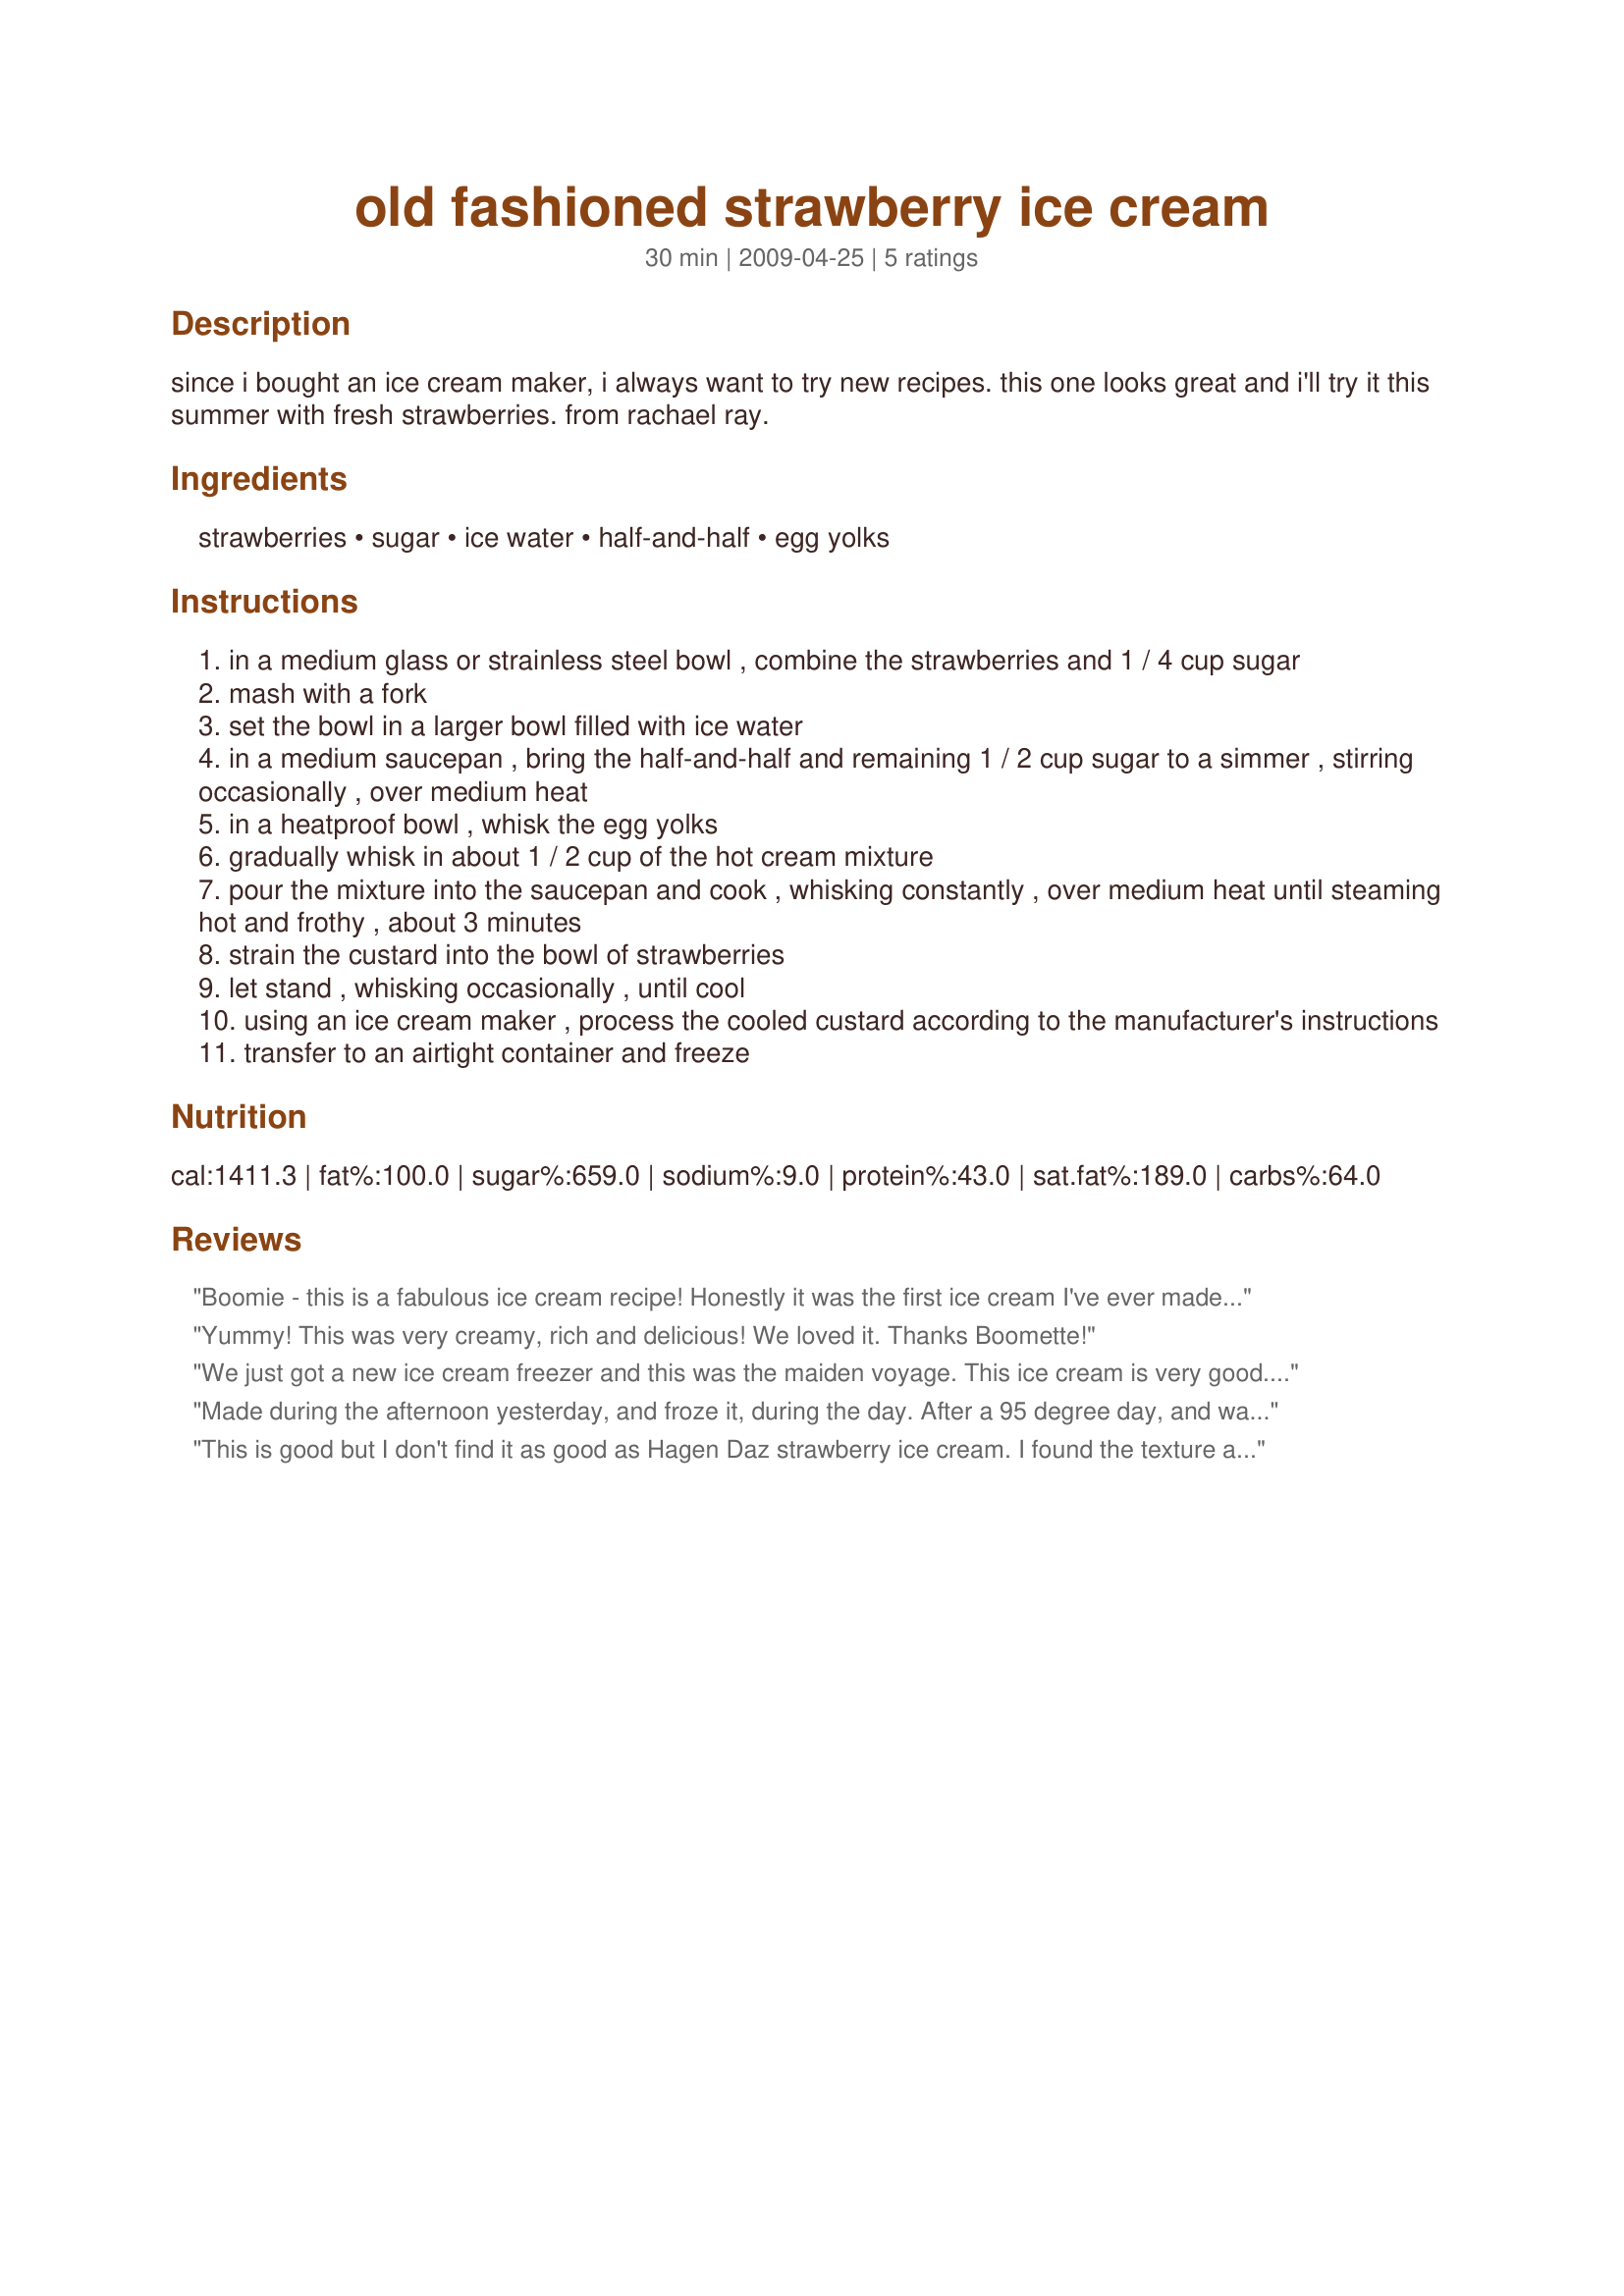
old fashioned strawberry ice cream
Preparation time: 30 minutes

since i bought an ice cream maker, i always want to try new recipes. this one looks great and i'll try it this summer with fresh strawberries. from rachael ray.

Ingredients:
strawberries, sugar, ice water, half-and-half, egg yolks

Steps:
in a medium glass or strainless steel bowl , combine the strawberries and 1 / 4 cup sugar
mash with a fork
set the bowl in a larger bowl filled with ice water
in a medium saucepan , bring the half-and-half and remaining 1 / 2 cup sugar to a simmer , stirring occasionally , over medium heat
in a heatproof bowl , whisk the egg yolks
gradually whisk in about 1 / 2 cup of the hot cream mixture
pour the mixture into the saucepan and cook , whisking constantly , over medium heat until steaming hot and frothy , about 3 minutes
strain the custard into the bowl of strawberries
let stand , whisking occasionally , until cool
using an ice cream maker , process the cooled custard according to the manufacturer's instructions
transfer to an airtight container and freeze

Reviews:
Boomie - this is a fabulous ice cream recipe! Honestly it was the first ice cream I've ever made myself with my new ice cream maker. The only thing I would suggest in the instructions is to mention that waiting overnight for the mixture to cool is best before processing. I was not prepared for that amount of time - so it may be worth listing in your overview. My daughter raved about the taste of this ice cream and wants me to make some more for her to take home. Fabulous! Tagged in PRMR game.
Yummy! This was very creamy, rich and delicious! We loved it. Thanks Boomette!
We just got a new ice cream freezer and this was the maiden voyage. This ice cream is very good. We loved it. Made for Think Pink 2012.
Made during the afternoon yesterday, and froze it, during the day. After a 95 degree day, and watching the fireworks, this was one great treat. Enjoyed it very much. Made for PRMR tag.
This is good but I don't find it as good as Hagen Daz strawberry ice cream. I found the texture a bit too custardy maybe. It is also not as rich. I used pretty good store bought strawberries, 10% cream which is half-and-half in Canada, plus the rest of the ingredients. Not a make again ice cream. Made for Please Review My Recipe: from 10 July 2011 ~
